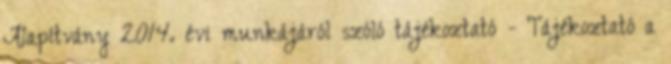
Alapítvány 2014. évi munkájáról szóló tájékoztató - Tájékoztató a